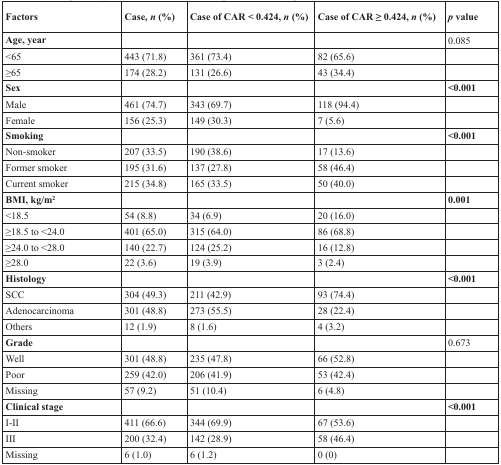
<table><thead><tr><td><b>Factors</b></td><td><b>Case, <i>n</i> (%)</b></td><td><b>Case of CAR &lt; 0.424, <i>n</i> (%)</b></td><td><b>Case of CAR ≥ 0.424, <i>n</i> (%)</b></td><td><b><i>p</i> value</b></td></tr></thead><tbody><tr><td><b>Age, year</b></td><td></td><td></td><td></td><td><b>0.085</b></td></tr><tr><td>&lt;65</td><td>443 (71.8)</td><td>361 (73.4)</td><td>82 (65.6)</td><td></td></tr><tr><td>≥65</td><td>174 (28.2)</td><td>131 (26.6)</td><td>43 (34.4)</td><td></td></tr><tr><td><b>Sex</b></td><td></td><td></td><td></td><td><b>&lt;0.001</b></td></tr><tr><td>Male</td><td>461 (74.7)</td><td>343 (69.7)</td><td>118 (94.4)</td><td></td></tr><tr><td>Female</td><td>156 (25.3)</td><td>149 (30.3)</td><td>7 (5.6)</td><td></td></tr><tr><td><b>Smoking</b></td><td></td><td></td><td></td><td><b>&lt;0.001</b></td></tr><tr><td>Non-smoker</td><td>207 (33.5)</td><td>190 (38.6)</td><td>17 (13.6)</td><td></td></tr><tr><td>Former smoker</td><td>195 (31.6)</td><td>137 (27.8)</td><td>58 (46.4)</td><td></td></tr><tr><td>Current smoker</td><td>215 (34.8)</td><td>165 (33.5)</td><td>50 (40.0)</td><td></td></tr><tr><td><b>BMI, kg/m</b><sup>2</sup></td><td></td><td></td><td></td><td><b>0.001</b></td></tr><tr><td>&lt;18.5</td><td>54 (8.8)</td><td>34 (6.9)</td><td>20 (16.0)</td><td></td></tr><tr><td>≥18.5 to &lt;24.0</td><td>401 (65.0)</td><td>315 (64.0)</td><td>86 (68.8)</td><td></td></tr><tr><td>≥24.0 to &lt;28.0</td><td>140 (22.7)</td><td>124 (25.2)</td><td>16 (12.8)</td><td></td></tr><tr><td>≥28.0</td><td>22 (3.6)</td><td>19 (3.9)</td><td>3 (2.4)</td><td></td></tr><tr><td><b>Histology</b></td><td></td><td></td><td></td><td><b>&lt;0.001</b></td></tr><tr><td>SCC</td><td>304 (49.3)</td><td>211 (42.9)</td><td>93 (74.4)</td><td></td></tr><tr><td>Adenocarcinoma</td><td>301 (48.8)</td><td>273 (55.5)</td><td>28 (22.4)</td><td></td></tr><tr><td>Others</td><td>12 (1.9)</td><td>8 (1.6)</td><td>4 (3.2)</td><td></td></tr><tr><td><b>Grade</b></td><td></td><td></td><td></td><td><b>0.673</b></td></tr><tr><td>Well</td><td>301 (48.8)</td><td>235 (47.8)</td><td>66 (52.8)</td><td></td></tr><tr><td>Poor</td><td>259 (42.0)</td><td>206 (41.9)</td><td>53 (42.4)</td><td></td></tr><tr><td>Missing</td><td>57 (9.2)</td><td>51 (10.4)</td><td>6 (4.8)</td><td></td></tr><tr><td><b>Clinical stage</b></td><td></td><td></td><td></td><td><b>&lt;0.001</b></td></tr><tr><td>I-II</td><td>411 (66.6)</td><td>344 (69.9)</td><td>67 (53.6)</td><td></td></tr><tr><td>III</td><td>200 (32.4)</td><td>142 (28.9)</td><td>58 (46.4)</td><td></td></tr><tr><td>Missing</td><td>6 (1.0)</td><td>6 (1.2)</td><td>0 (0)</td><td></td></tr></tbody></table>